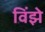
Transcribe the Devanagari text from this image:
विंझे